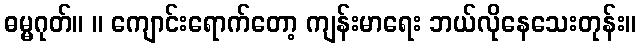
ဓမ္မဂုတ်။ ။ ကျောင်းရောက်တော့ ကျန်းမာရေး ဘယ်လိုနေသေးတုန်း။